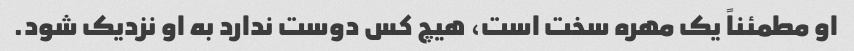
او مطمئناً یک مهره سخت است، هیچ کس دوست ندارد به او نزدیک شود.